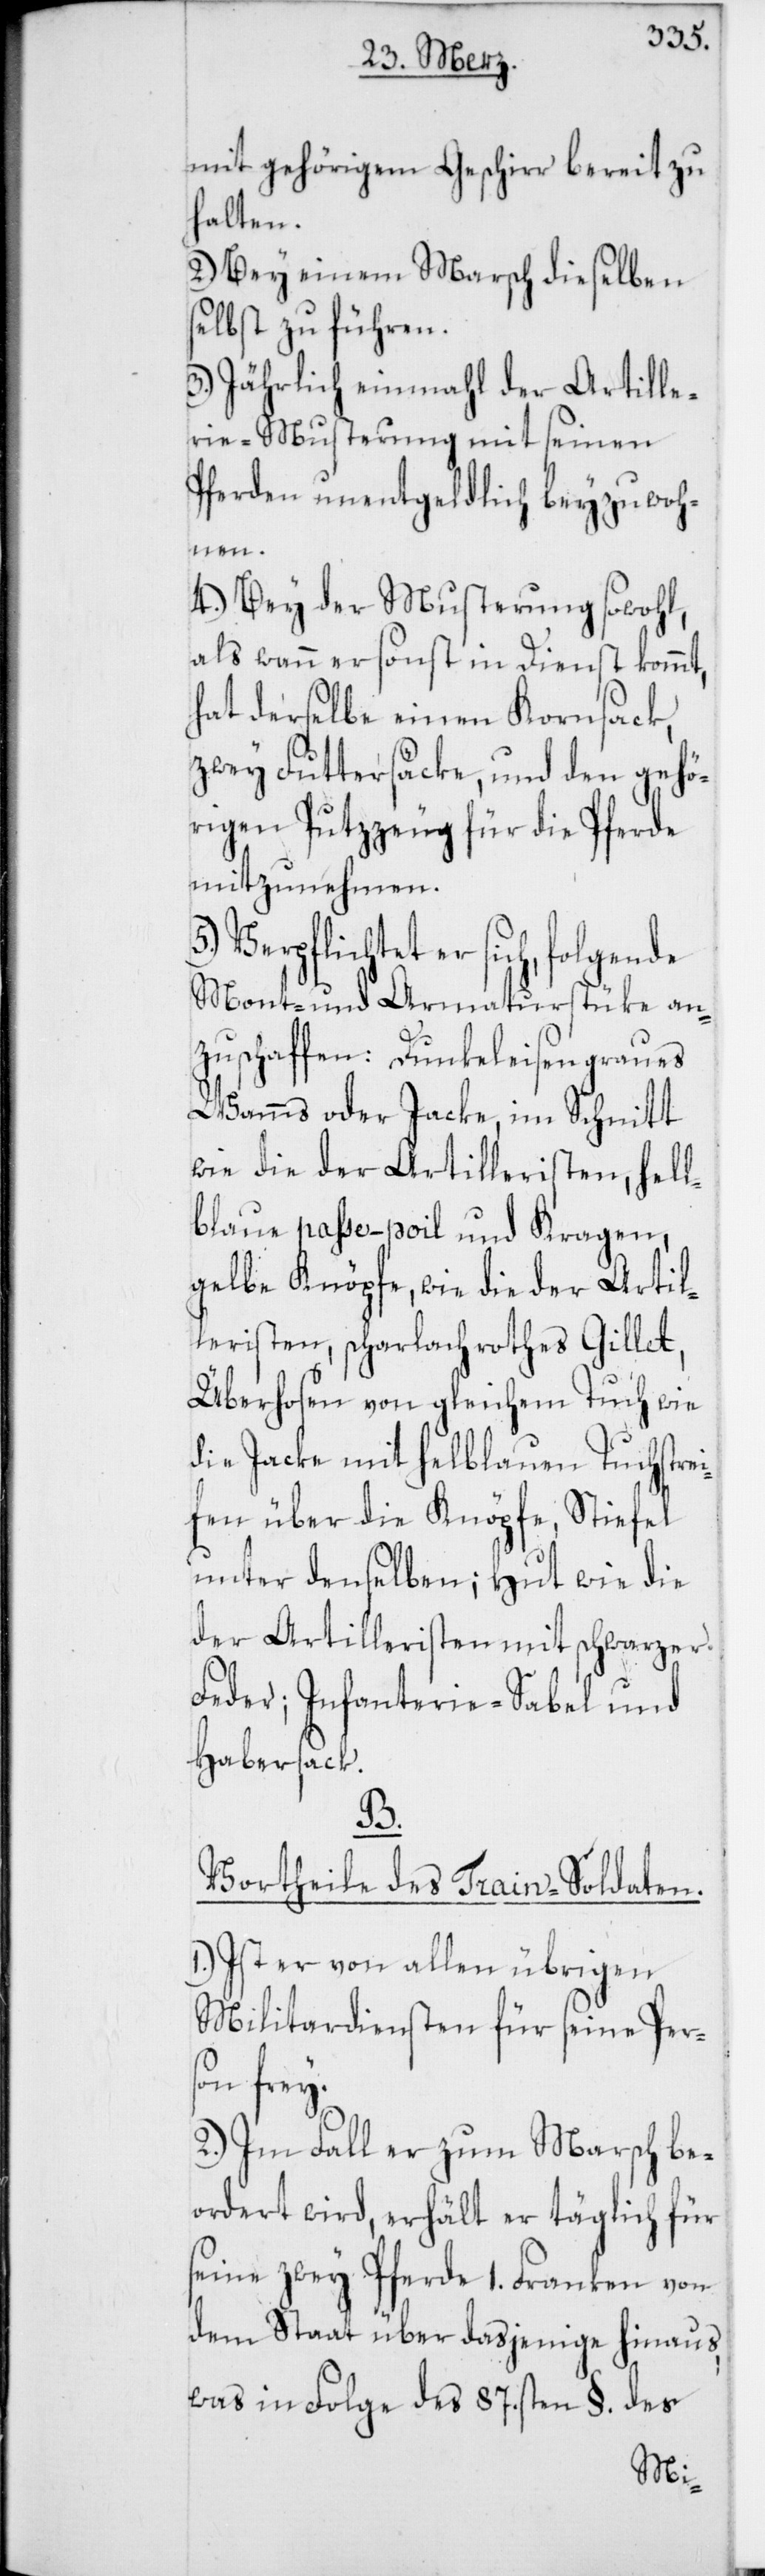
mit gehörigem Geschirr bereit zu
halten.
2.) Bey einem Marsch dieselben
selbst zu führen.
3.) Jährlich einmahl der Artille¬
rie-Musterung mit seinen
Pferden unentgeldlich beyzuwoh¬
nen.
4.) Bey der Musterung sowohl,
als wann er sonst in Dienst kommt,
hat derselbe einen Kornsack,
zwey Futtersäcke, und den gehö¬
rigen Putzzeug für die Pferde
mitzunehmen.
Verpflichtet er sich, folgende
Mont- und Armaturstüke an¬
zuschaffen: Dunkeleisengraues
Wamms oder Jacke, im Schnitt
wie die der Artilleristen, hell¬
blaue paße-poil und Kragen,
gelbe Knöpfe, wie die der Artil¬
leristen, scharlachrothes Gillet,
Überhosen von gleichem Tuch wie
die Jacke mit hellblauen Tuchstrei¬
fen über die Knöpfe, Stiefel
unter denselben; Hut wie die
der Artilleristen mit schwarzer
Feder; Infanterie-Sabel und
Habersack.
B.
Vortheile des Train-Soldaten.
1.) Ist er von allen übrigen
Militardiensten für seine Pers¬
on frey.
2.) Im Fall er zum Marsch be¬
ordert wird, erhält er täglich für
seine zwey Pferde 1. Franken von
dem Staat über dasjenige hinaus,
was in Folge des 87sten §. des